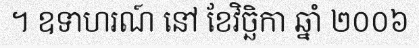
។ ឧទាហរណ៍ នៅ ខែវិច្ឆិកា ឆ្នាំ ២០០៦